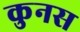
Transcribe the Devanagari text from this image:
कुनस